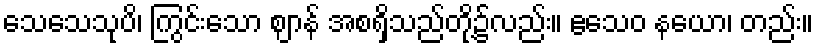
သေသေသုပိ၊ ကြွင်းသော ဈာန် အစရှိသည်တို့၌လည်း။ ဧသေဝ နယော၊ တည်း။